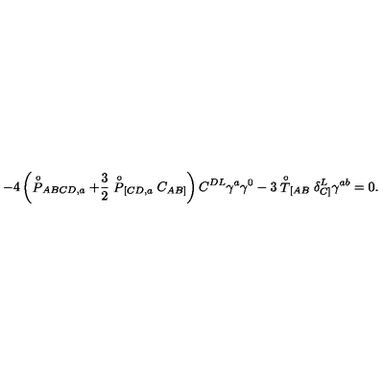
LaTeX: - 4 \left( \stackrel { \circ } { P } _ { A B C D , a } + \frac { 3 } { 2 } \stackrel { \circ } { P } _ { [ C D , a } C _ { A B ] } \right) C ^ { D L } \gamma ^ { a } \gamma ^ { 0 } - 3 \stackrel { \circ } { T } _ { [ A B } \delta _ { C ] } ^ { L } \gamma ^ { a b } = 0 .